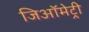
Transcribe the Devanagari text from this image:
जिऑमेट्री